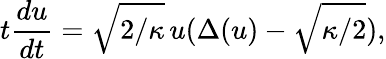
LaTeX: t\frac{du}{dt}=\sqrt{2/\kappa}\, u(\Delta(u)-\sqrt{\kappa/2}),